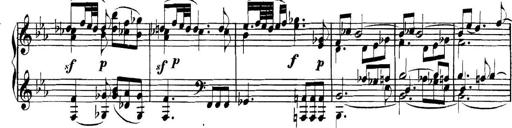
Title: Collected Piano Sonatas
Composer: Muzio Clementi